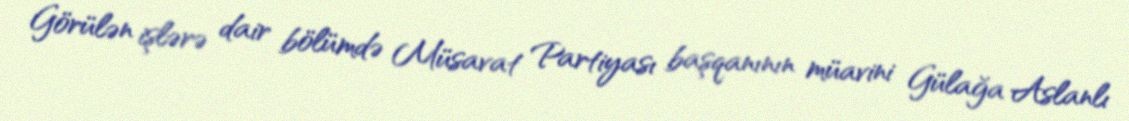
Görülən işlərə dair bölümdə Müsavat Partiyası başqanının müavini Gülağa Aslanlı